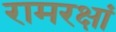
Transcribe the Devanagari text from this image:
रामरक्षां